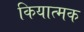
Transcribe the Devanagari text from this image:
कियात्मक